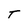
Character: T